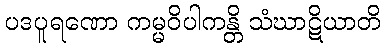
ပဒပူရဏော ကမ္မဝိပါကန္တိ သံဃာဋိယာတိ